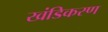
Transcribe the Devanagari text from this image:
खंडिकरण